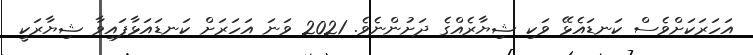
އަހަރަކަށްވެސް ކަނޑައެޅޭ ވަކި ޝިޔާރެއްގެ ދަށުންނެވެ. 2021 ވަނަ އަހަރަށް ކަނޑައަޅާފައިވާ ޝިޔާރަކީ